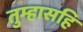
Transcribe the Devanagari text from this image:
तुम्हासहि